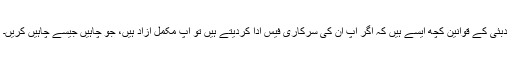
دبئی کے قوانین کچھ ایسے ہیں کہ اگر آپ ان کی سرکاری فیس ادا کردیتے ہیں تو آپ مکمل آزاد ہیں، جو چاہیں جیسے چاہیں کریں۔